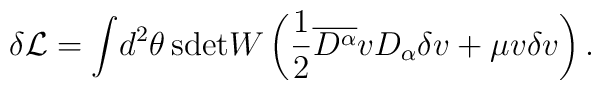
\delta\mathcal{L} = \int\!d^{2}\theta\,	\mathrm{sdet}W  \left(\frac{1}{2}\overline{D^{\alpha}}vD_{\alpha}\delta v   + \mu v\delta v\right).